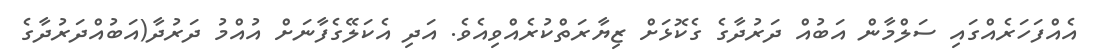
އެއްފަހަރެއްގައި ސަލްމާން އަބުއް ދަރުދާގެ ގެކޮޅަށް ޒިޔާރަތްކުރެއްވިއެވެ. އަދި އެކަލޭގެފާނަށް އުއްމު ދަރުދާ(އަބުއްދަރުދާގެ